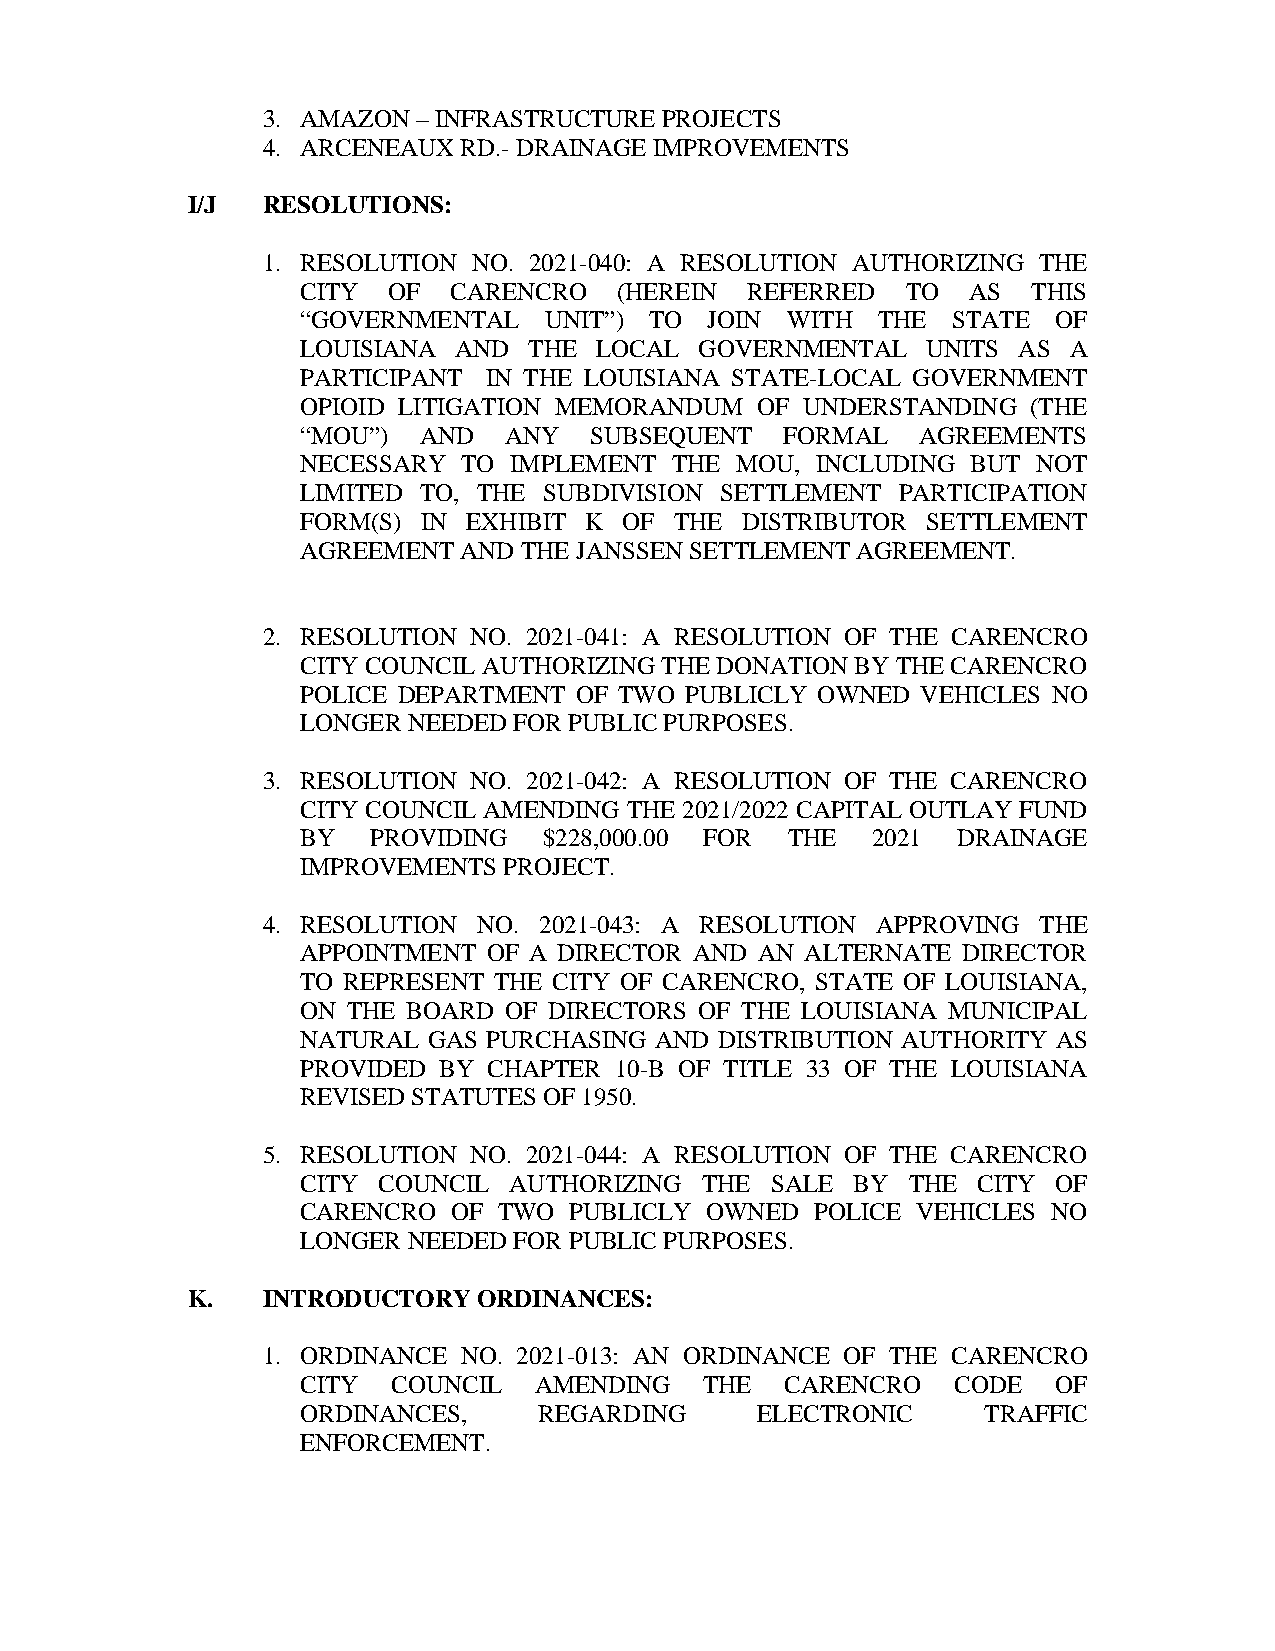
3. AMAZON  – INFRASTRUCTURE PROJECTS
 4. ARCENEAUX RD.- DRAINAGE IMPROVEMENTS
 I/J  RESOLUTIONS:
 1. RESOLUTION NO. 2021-040: A RESOLUTION AUTHORIZING THE
 CITY  OF  CARENCRO   (HEREIN REFERRED   TO  AS  THIS
 “GOVERNMENTAL   UNIT”) TO  JOIN WITH  THE  STATE  OF
 LOUISIANA AND  THE LOCAL  GOVERNMENTAL   UNITS AS  A
 PARTICIPANT IN THE LOUISIANA STATE-LOCAL GOVERNMENT
 OPIOID LITIGATION MEMORANDUM  OF UNDERSTANDING  (THE
 “MOU”)  AND  ANY   SUBSEQUENT   FORMAL   AGREEMENTS
 NECESSARY  TO IMPLEMENT THE  MOU, INCLUDING BUT  NOT
 LIMITED TO, THE SUBDIVISION SETTLEMENT PARTICIPATION
 FORM(S) IN EXHIBIT K OF  THE DISTRIBUTOR SETTLEMENT
 AGREEMENT AND THE JANSSEN SETTLEMENT AGREEMENT.
 2. RESOLUTION NO. 2021-041: A RESOLUTION OF THE CARENCRO
 CITY COUNCIL AUTHORIZING THE DONATION BY THE CARENCRO
 POLICE DEPARTMENT OF TWO PUBLICLY OWNED  VEHICLES NO
 LONGER NEEDED FOR PUBLIC PURPOSES.
 3. RESOLUTION NO. 2021-042: A RESOLUTION OF THE CARENCRO
 CITY COUNCIL AMENDING THE 2021/2022 CAPITAL OUTLAY FUND
 BY   PROVIDING  $228,000.00 FOR THE   2021 DRAINAGE
 IMPROVEMENTS PROJECT.
 4. RESOLUTION  NO. 2021-043: A RESOLUTION APPROVING THE
 APPOINTMENT OF A DIRECTOR AND AN ALTERNATE  DIRECTOR
 TO REPRESENT THE CITY OF CARENCRO, STATE OF LOUISIANA,
 ON THE BOARD OF DIRECTORS OF THE LOUISIANA MUNICIPAL
 NATURAL GAS PURCHASING AND  DISTRIBUTION AUTHORITY AS
 PROVIDED BY CHAPTER  10-B OF TITLE 33 OF THE LOUISIANA
 REVISED STATUTES OF 1950.
 5. RESOLUTION NO. 2021-044: A RESOLUTION OF THE CARENCRO
 CITY COUNCIL  AUTHORIZING THE  SALE  BY THE  CITY OF
 CARENCRO  OF TWO  PUBLICLY OWNED  POLICE VEHICLES NO
 LONGER NEEDED FOR PUBLIC PURPOSES.
 K.   INTRODUCTORY   ORDINANCES:
 1. ORDINANCE  NO. 2021-013: AN ORDINANCE OF THE CARENCRO
 CITY  COUNCIL  AMENDING    THE  CARENCRO   CODE   OF
 ORDINANCES,     REGARDING     ELECTRONIC     TRAFFIC
 ENFORCEMENT.